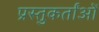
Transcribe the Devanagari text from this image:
प्रस्तुकर्तांओं